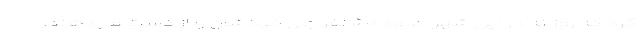
کرد که روزانه در این شهر حدود ۵۰ نفر جان خودشان را از دست می‌دهند.